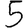
Digit: 5